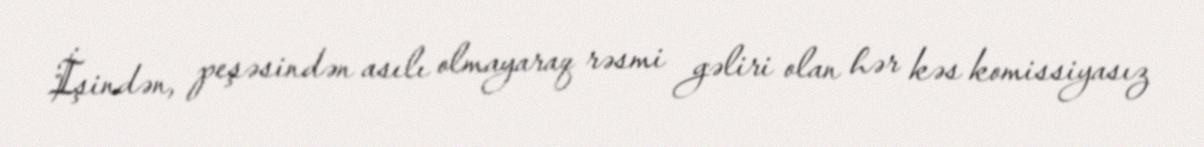
İşindən, peşəsindən asılı olmayaraq rəsmi gəliri olan hər kəs komissiyasız